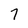
Character: 7